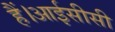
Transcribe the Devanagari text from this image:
हैं।आईसीसी